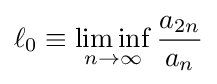
\ell _{0}\equiv \liminf _{n\rightarrow \infty }{\frac {a_{2n}}{a_{n}}}